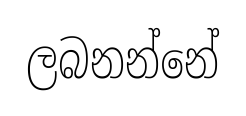
ලබනන්නේ